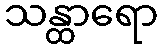
သန္ထာရော